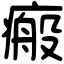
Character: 瘢